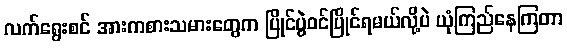
လက်ရွေးစင် အားကစားသမားတွေက ပြိုင်ပွဲဝင်ပြိုင်ရမယ်လို့ပဲ ယုံကြည်နေကြတာ